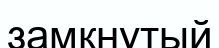
замкнутый